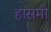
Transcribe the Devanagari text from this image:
हासमी